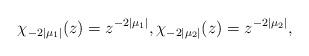
LaTeX: \begin{align*}\chi_{-2|\mu_1|}(z) = z^{-2|\mu_1|}, \chi_{-2|\mu_2|}(z) = z^{-2|\mu_2|},\end{align*}